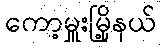
ကော့မှူးမြို့နယ်